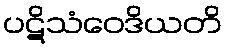
ပဋိသံဝေဒိယတိ